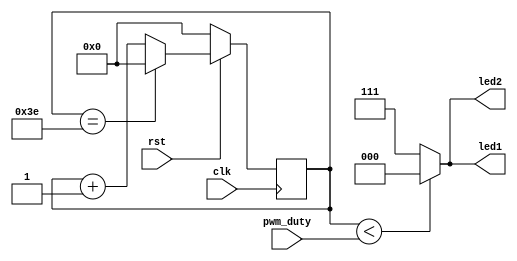
module rgb_led(clk,rst,pwm_duty,led1,led2);

	input				clk;
	input				rst;
	input		[7:0]	pwm_duty;
	output	reg	[2:0]	led1;
	output	reg	[2:0]	led2;

	reg		[5:0]	count;
	localparam	cycle=6'd63;
		always@(posedge clk)
			if (!rst)
				count<=0;
			else if(count==cycle-1)
				count<=0;
			else
				count<=count+1;			
		always@(*)
			begin
			if(count<pwm_duty)
				begin
					led1<=3'b000;
					led2<=3'b000;
				end
			else
				begin
					led1<=3'b111;
					led2<=3'b111;
				end
			end	
	
endmodule